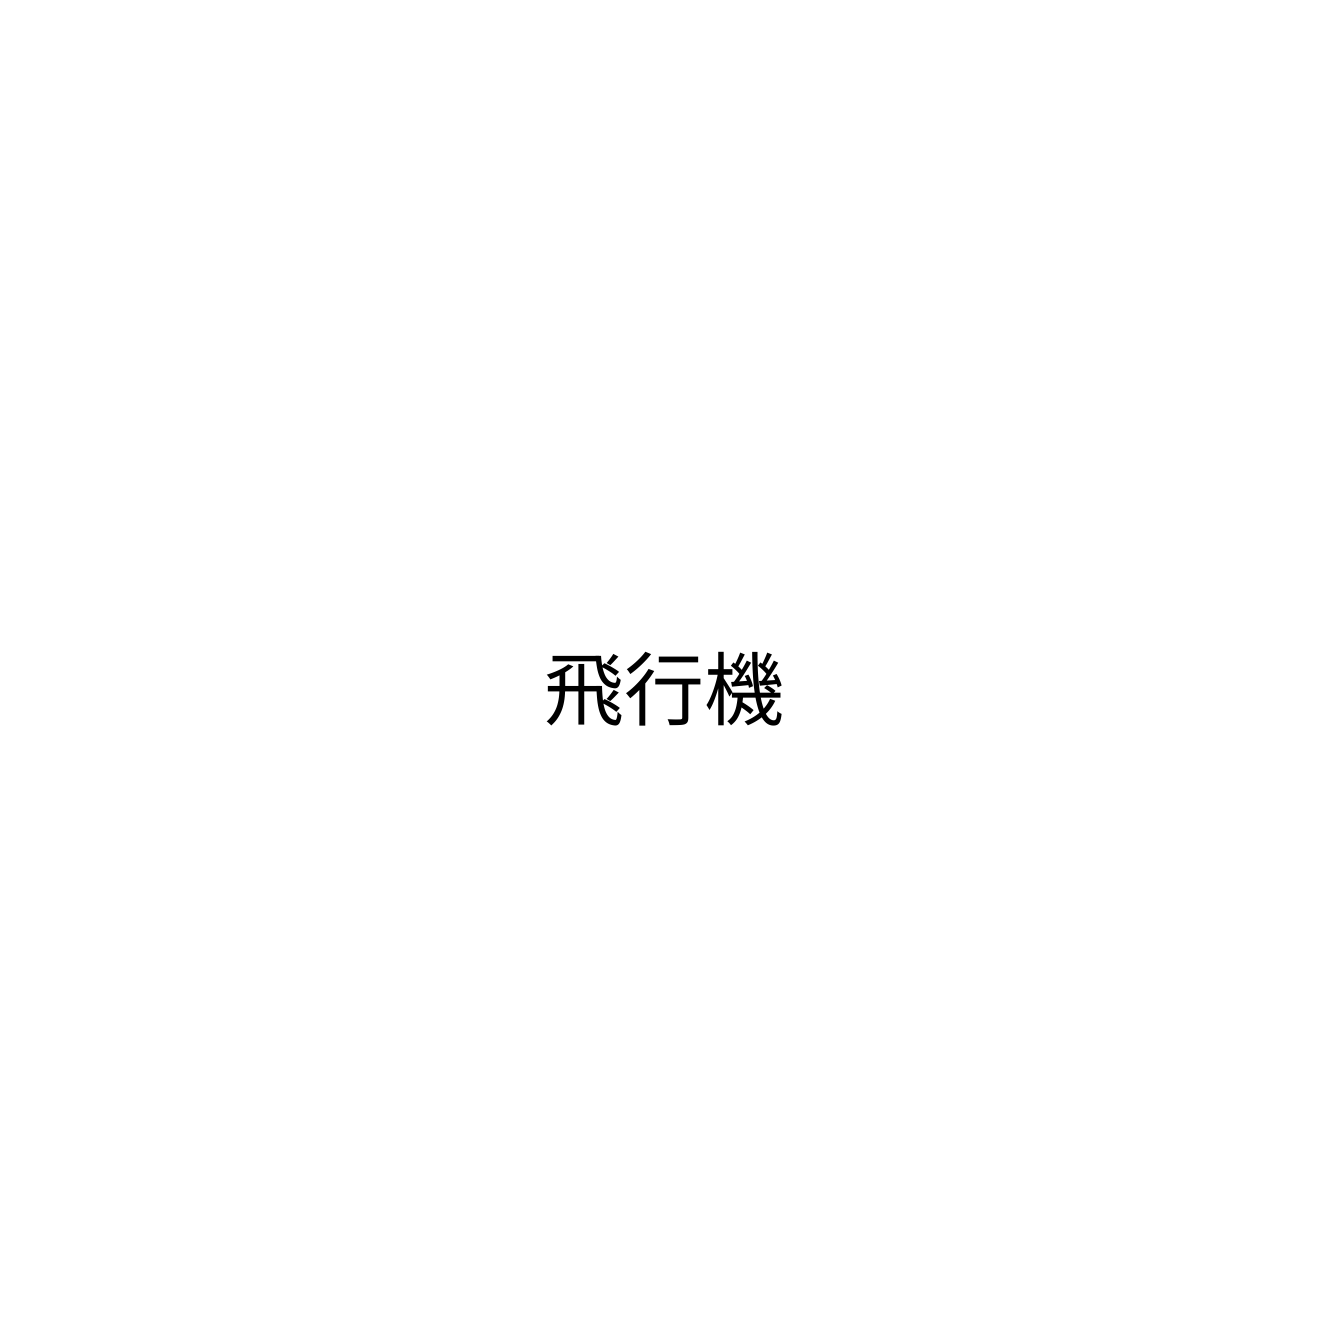
飛行機